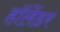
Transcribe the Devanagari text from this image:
हॉलेंडर